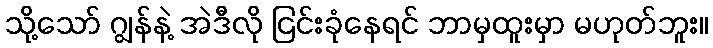
သို့သော် ဂျွန်နဲ့ အဲဒီလို ငြင်းခုံနေရင် ဘာမှထူးမှာ မဟုတ်ဘူး။